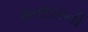
મતદારની